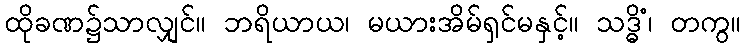
ထိုခဏ၌သာလျှင်။ ဘရိယာယ၊ မယားအိမ်ရှင်မနှင့်။ သဒ္ဓိံ၊ တကွ။